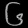
Digit: ၆